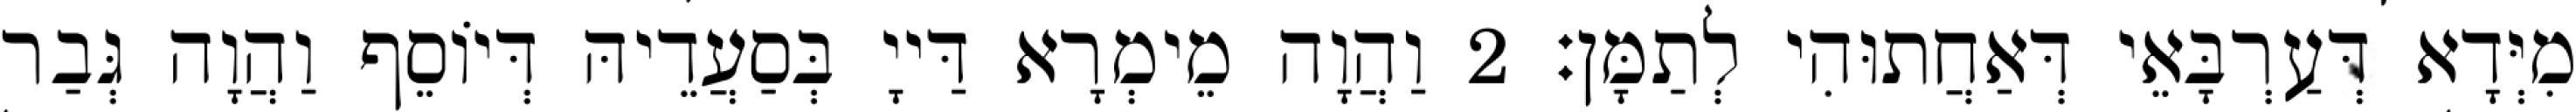
מִיְּדָא דְּעַרְבָּאֵי דְּאַחֲתוּהִי לְתַמָּן׃ 2 וַהֲוָה מֵימְרָא דַּייָ בְּסַעֲדֵיהּ דְּיוֹסֵף וַהֲוָה גְּבַר